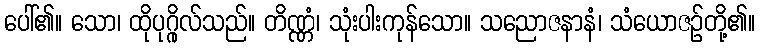
ပေါ်၏။ သော၊ ထိုပုဂ္ဂိုလ်သည်။ တိဏ္ဏံ၊ သုံးပါးကုန်သော။ သညောဇနာနံ၊ သံယောဇဉ်တို့၏။